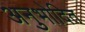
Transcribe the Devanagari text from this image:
अनुभोदित